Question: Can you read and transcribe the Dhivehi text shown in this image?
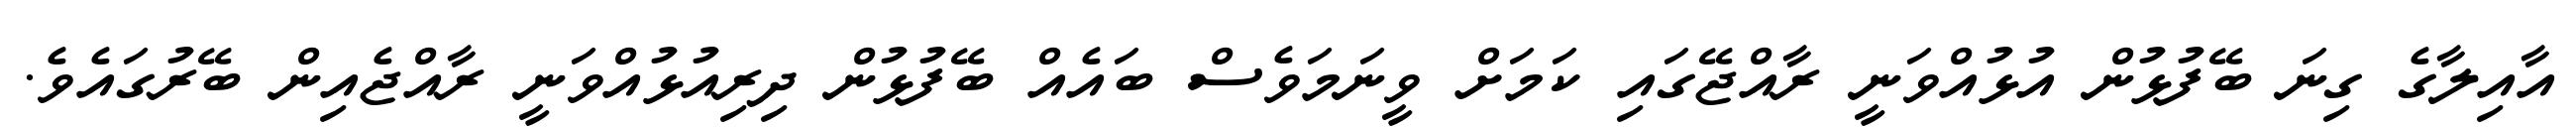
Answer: އާއިލާގެ ގިނަ ބޭފުޅުން އުޅުއްވަނީ ރާއްޖޭގައި ކަމަށް ވީނަމަވެސް ބައެއް ބޭފުޅުން ދިރިއުޅުއްވަނީ ރާއްޖެއިން ބޭރުގައެވެ.